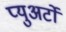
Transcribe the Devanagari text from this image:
प्युअर्टो